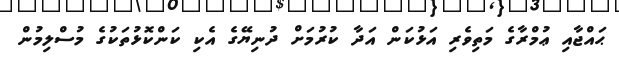
ޙައްޖާއި ޢުމްރާގެ މަތިވެރި އަޅުކަން އަދާ ކުރުމަށް ދުނިޔޭގެ އެކި ކަންކޮޅުތަކުގެ މުސްލިމުން